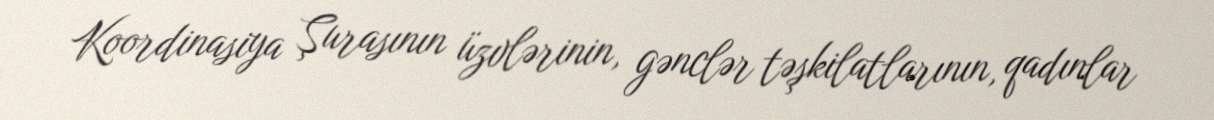
Koordinasiya Şurasının üzvlərinin, gənclər təşkilatlarının, qadınlar